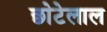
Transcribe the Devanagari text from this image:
छाेटेलाल